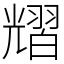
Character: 𦒉